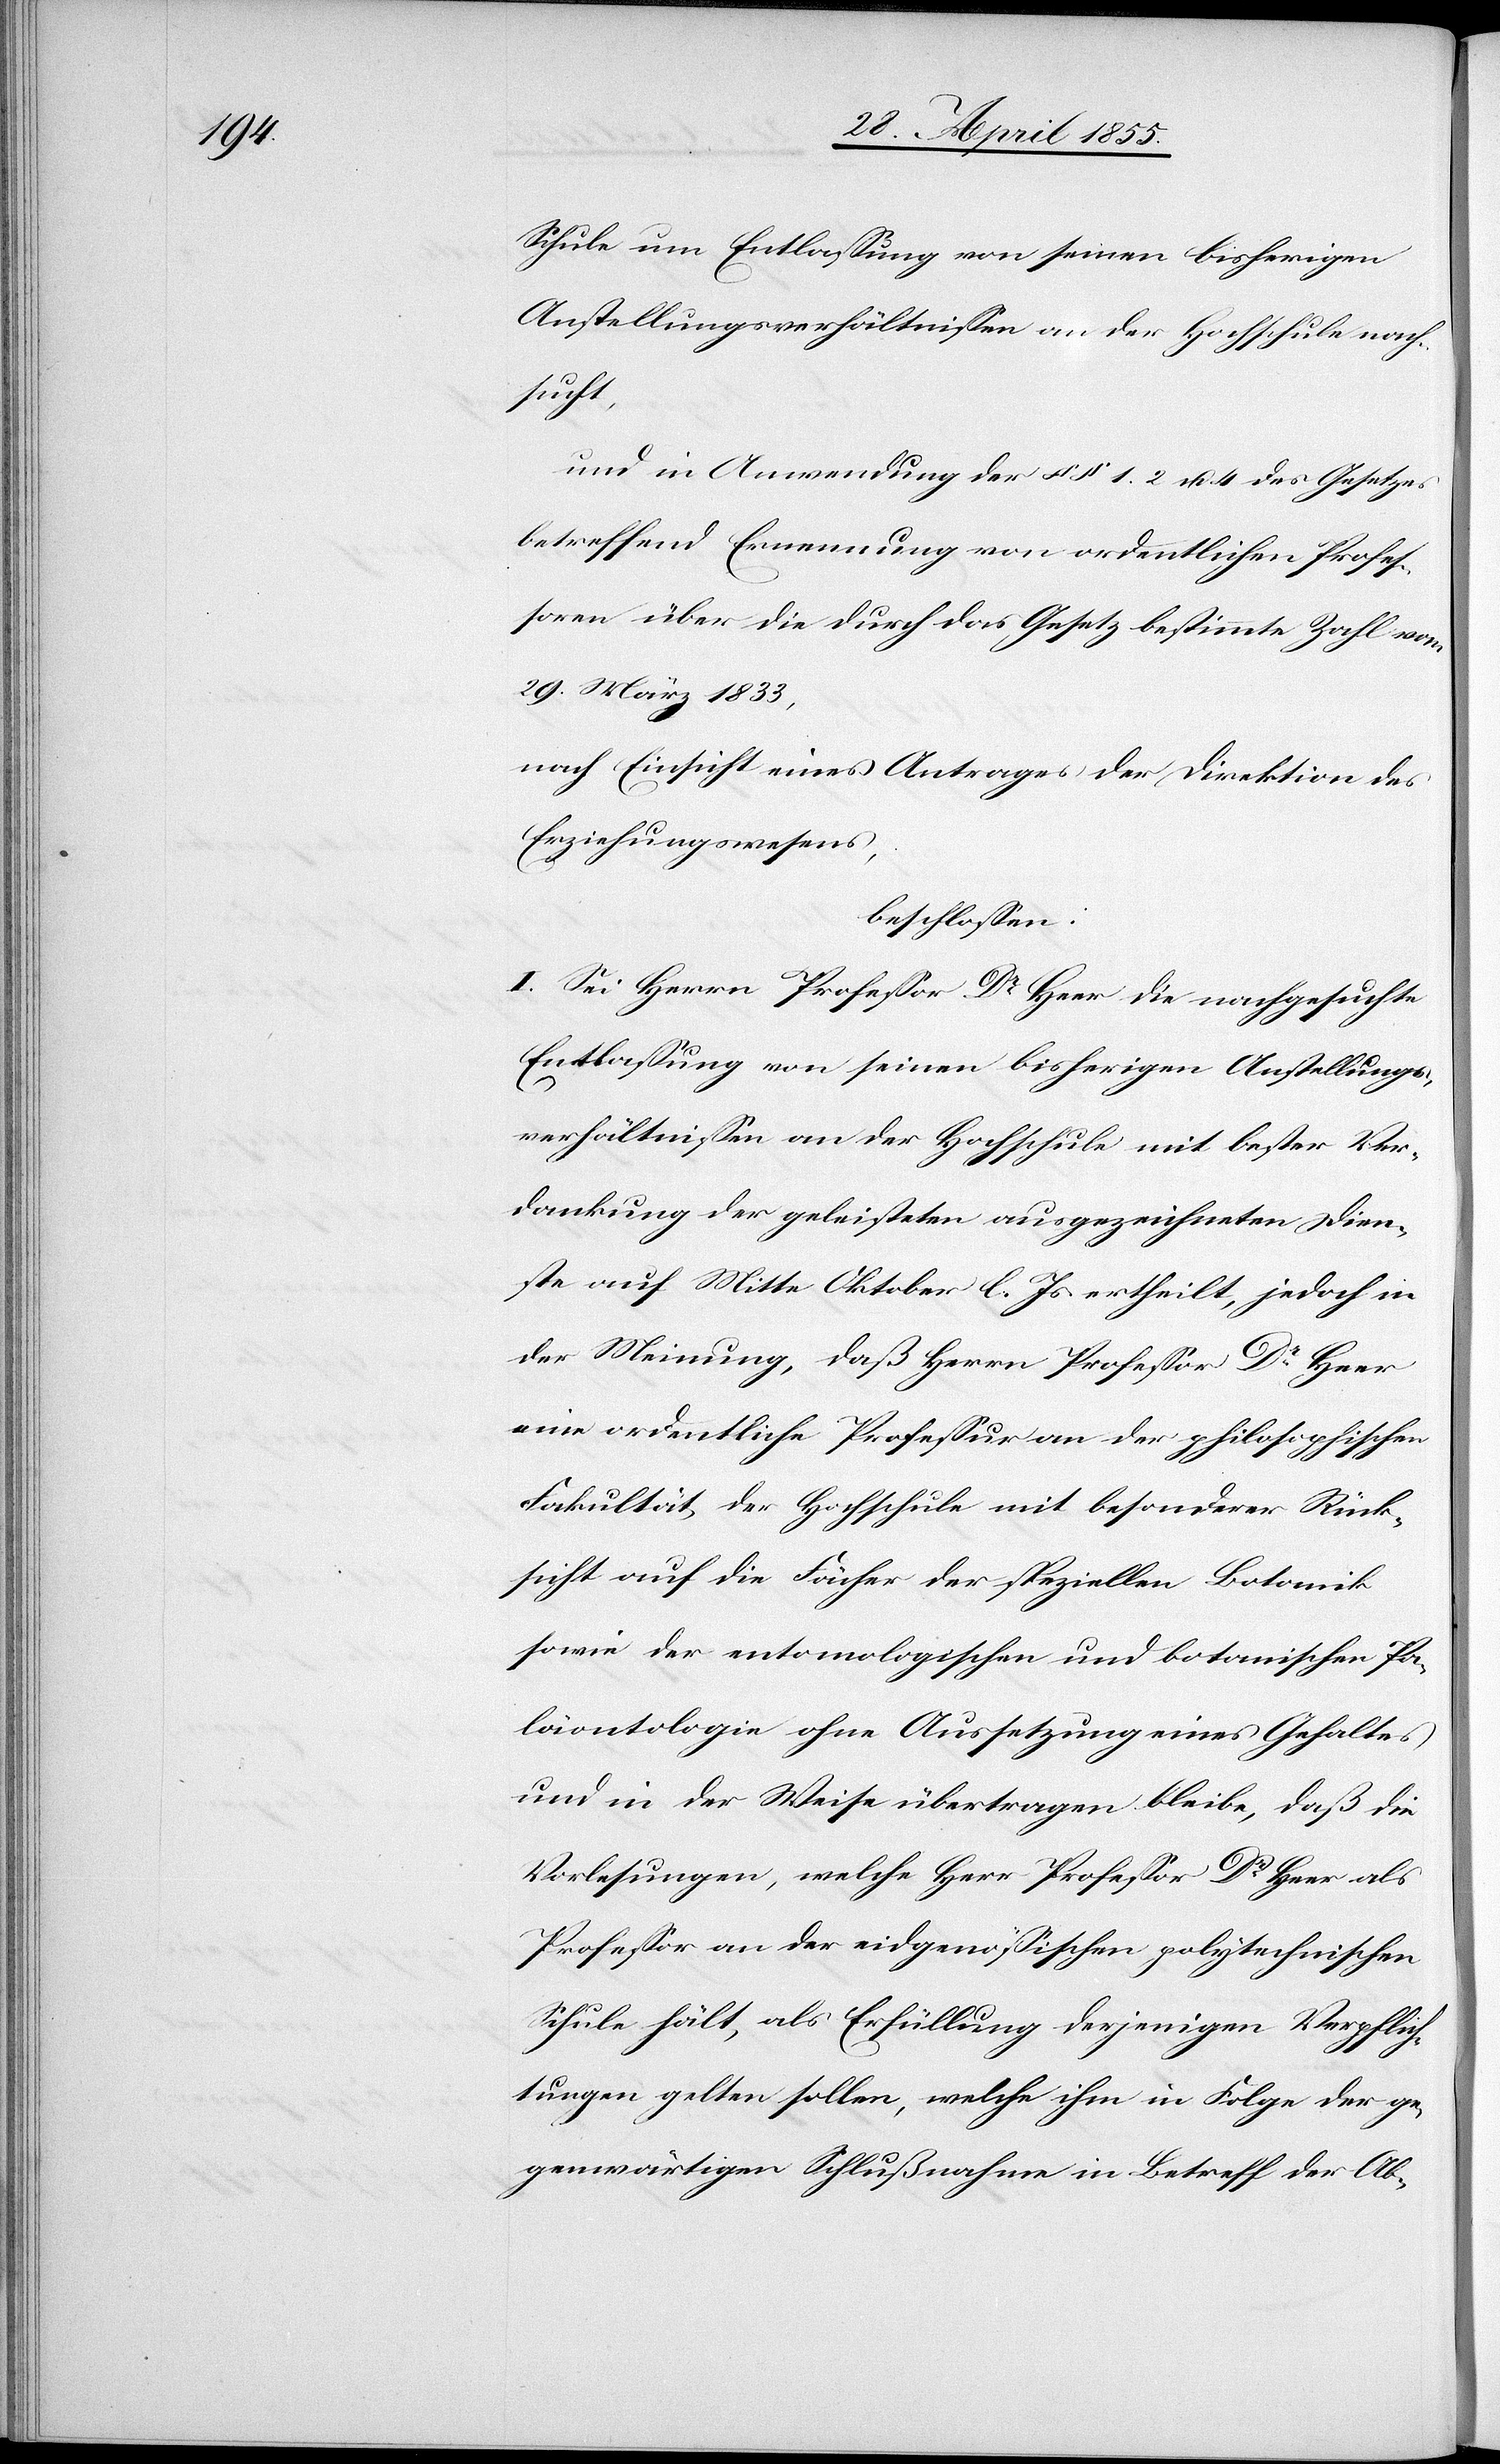
Schule um Entlassung von seinen bisherigen
Anstellungsverhältnissen an der Hochschule nach¬
sucht,
und in Anwendung der §§ 1. 2 u. 4 des Gesetzes
betreffend Ernennung von ordentlichen Profes¬
soren über die durch das Gesetz bestimmte Zahl vom
29. März 1833,
nach Einsicht eines Antrages der Direktion des
Erziehungswesens,
beschlossen:
I. Sei Herrn Professor Dr Heer die nachgesuchte
Entlassung von seinen bisherigen Anstellungs¬
verhältnissen an der Hochschule mit bester Ver¬
dankung der geleisteten ausgezeichneten Dien¬
ste auf Mitte Oktober l. Js ertheilt, jedoch in
der Meinung, daß Herrn Professor Dr Heer
eine ordentliche Professur an der philosophischen
Fakultät, der Hochschule mit besonderer Rück¬
sicht auf die Fächer der speziellen Botanik
sowie der entomologischen und botanischen Pa¬
läontologie ohne Aussetzung eines Gehaltes
und in der Weise übertragen bleibe, daß die
Vorlesungen, welche Herr Professor Dr Heer als
Professor an der eidgenössischen polytechnischen
Schule hält, als Erfüllung derjenigen Verpflich¬
tungen gelten sollen, welche ihm in Folge der ge¬
genwärtigen Schlußnahme in Betreff der Ab-